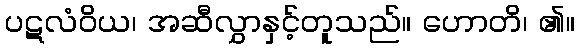
ပဋလံဝိယ၊ အဆီလွှာနှင့်တူသည်။ ဟောတိ၊ ၏။